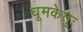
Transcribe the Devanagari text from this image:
धूमकेतुः